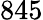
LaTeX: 845